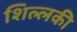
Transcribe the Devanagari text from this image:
शिल्लकी